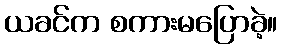
ယခင်က စကားမပြောခဲ့။